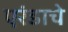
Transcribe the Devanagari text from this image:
एरंडाचे